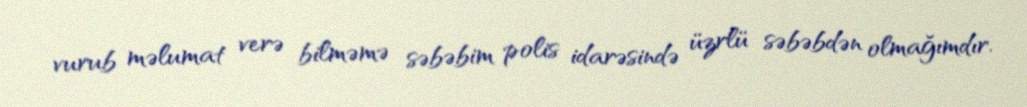
vurub məlumat verə bilməmə səbəbim polis idarəsində üzrlü səbəbdən olmağımdır.